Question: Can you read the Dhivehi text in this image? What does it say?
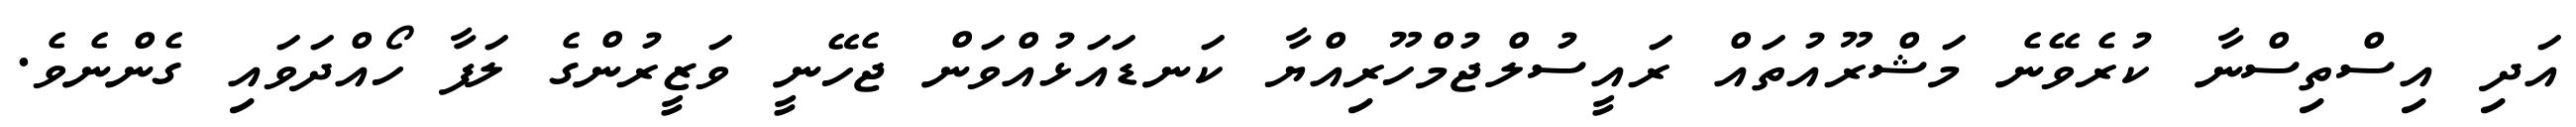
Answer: އަދި އިސްތިސްނާ ކުރެވޭނެ މަޝްރޫއުތައް ރައީސުލްޖުމްހޫރިއްޔާ ކަނޑައަޅުއްވަން ޖެހޭނީ ވަޒީރުންގެ ލަފާ ހޯއްދަވައި ގެންނެވެ.